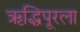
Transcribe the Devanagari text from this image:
ऋद्धिपूरला